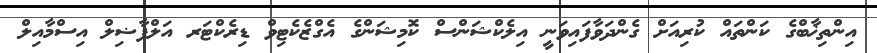
އިންތިޚާބްގެ ކަންތައް ކުރިއަށް ގެންދަވާފައިވަނީ އިލެކްޝަންސް ކޮމިޝަންގެ އެގްޒެކެޓިވް ޑިރެކްޓަރ އަލްފާޟިލް އިސްމާއިލް